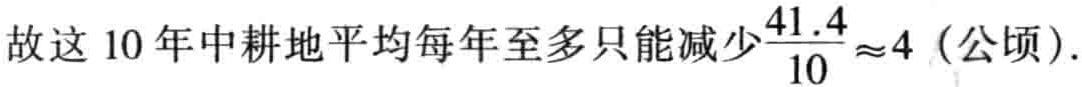
故这 10 年中耕地平均每年至多只能减少$\frac{41.4}{10}\approx4$（公顷）.